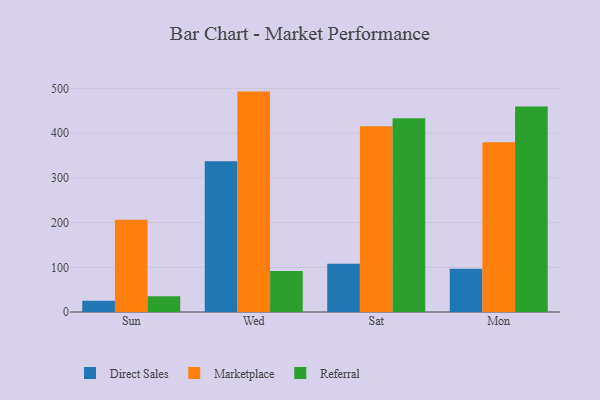
{"axis": {"x": "Day", "y": "Net Income (USD K)"}, "legend": ["Direct Sales", "Marketplace", "Referral"], "data": [{"x": "Sun", "y": 25.4, "type": "Direct Sales"}, {"x": "Sun", "y": 206.2, "type": "Marketplace"}, {"x": "Sun", "y": 35.4, "type": "Referral"}, {"x": "Wed", "y": 337.5, "type": "Direct Sales"}, {"x": "Wed", "y": 493.2, "type": "Marketplace"}, {"x": "Wed", "y": 91.9, "type": "Referral"}, {"x": "Sat", "y": 107.9, "type": "Direct Sales"}, {"x": "Sat", "y": 415.6, "type": "Marketplace"}, {"x": "Sat", "y": 433.3, "type": "Referral"}, {"x": "Mon", "y": 96.8, "type": "Direct Sales"}, {"x": "Mon", "y": 380.0, "type": "Marketplace"}, {"x": "Mon", "y": 459.8, "type": "Referral"}]}